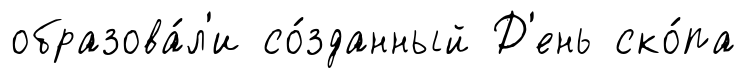
образова́л'и со́зданный Д'ень ско́па